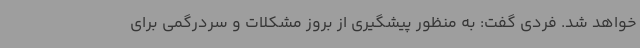
خواهد شد. فردی گفت: به منظور پیشگیری از بروز مشکلات و سردرگمی برای